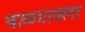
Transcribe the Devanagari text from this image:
बाळगायला